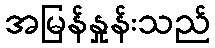
အမြန်နှုန်းသည်